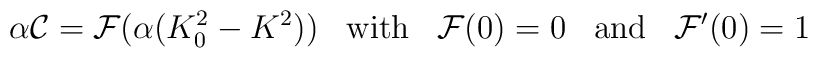
\alpha {\cal C} = {\cal F}(\alpha (K_0^2 - K^2)) \; \; \; {\rm with} \; \; \; {\cal F}(0) = 0 \; \; \; {\rm and} \; \; \; {\cal F}'(0) = 1